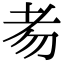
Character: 𦒶